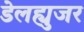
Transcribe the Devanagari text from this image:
डेलह्युजर